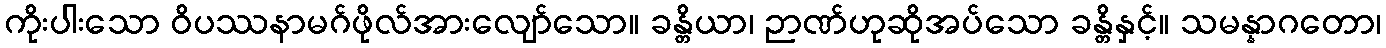
ကိုးပါးသော ဝိပဿနာမဂ်ဖိုလ်အားလျော်သော။ ခန္တိယာ၊ ဉာဏ်ဟုဆိုအပ်သော ခန္တိနှင့်။ သမန္နာဂတော၊